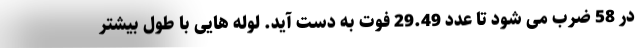
در 58 ضرب می شود تا عدد 29.49 فوت به دست آید. لوله هایی با طول بیشتر